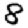
Digit: 8